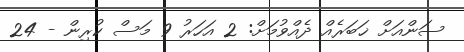
ސަންއަށް ޚަބަރެއް ދެއްވުމަށް: 2 އަހަރު 9 މަސް ކުރިން - 24